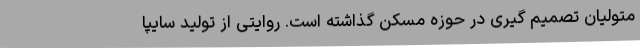
متولیان تصمیم گیری در حوزه مسکن گذاشته است. روایتی از تولید سایپا